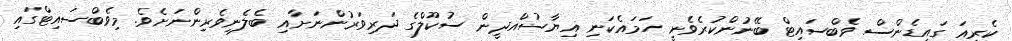
ކެރިއަ ގައިޑެންސް ވެބްސައިޓް ބޭނުންކުރެވެނީ ހަމައެކަނި ޣިޔާސުއްދީން ސުކޫލްގެ ދަރިވަރުންނަށާއި ބެލެނިވެރިންނަށެވެ. މިވެބްސައިޓްގައި